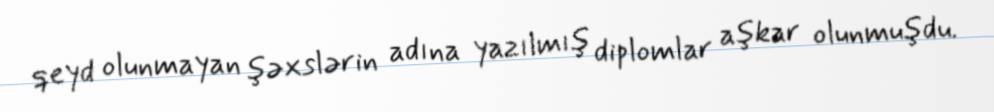
qeyd olunmayan şəxslərin adına yazılmış diplomlar aşkar olunmuşdu.